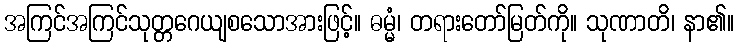
အကြင်အကြင်သုတ္တဂေယျစသောအားဖြင့်။ ဓမ္မံ၊ တရားတော်မြတ်ကို။ သုဏာတိ၊ နာ၏။